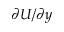
\partial U / \partial y